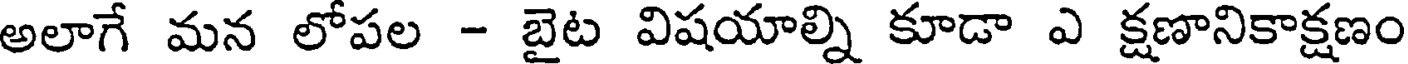
అలాగే మన లోపల - బైట విషయాల్ని కూడా ఎ క్షణానికాక్షణం